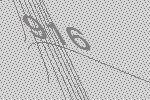
916